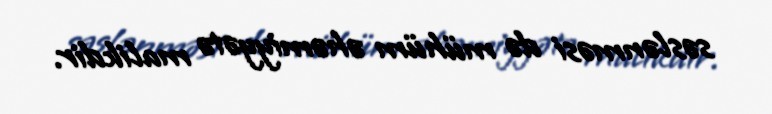
səslənməsi də mühüm əhəmiyyətə malikdir.